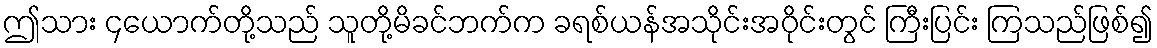
ဤသား ၄ယောက်တို့သည် သူတို့မိခင်ဘက်က ခရစ်ယန်အသိုင်းအဝိုင်းတွင် ကြီးပြင်း ကြသည်ဖြစ်၍